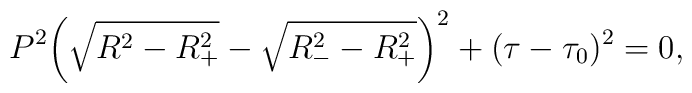
P^2\bigg(\sqrt{R^2-R^2_+}-\sqrt{R^2_--R^2_+}\bigg)^2+(\tau-\tau_0)^2=0,